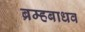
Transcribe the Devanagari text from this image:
ब्रम्हबाधव